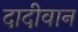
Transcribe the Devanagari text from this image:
दादीवान